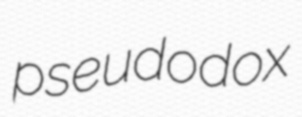
pseudodox